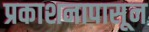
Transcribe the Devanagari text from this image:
प्रकाशनापासून